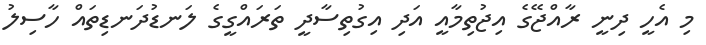
މި އެހީ ދިނީ ރާއްޖޭގެ އިޖުތިމާއީ އަދި އިގުތިސާދީ ތަރައްގީގެ ލަނޑުދަނޑިތައް ހާސިލު